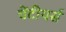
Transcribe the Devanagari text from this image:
चेंटीयर्स